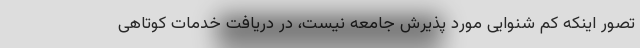
تصور اینکه کم شنوایی مورد پذیرش جامعه نیست، در دریافت خدمات کوتاهی